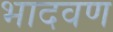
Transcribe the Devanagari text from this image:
भादवण